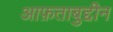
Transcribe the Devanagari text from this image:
आफ़ताबुद्दीन